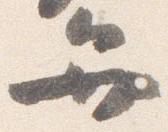
弁